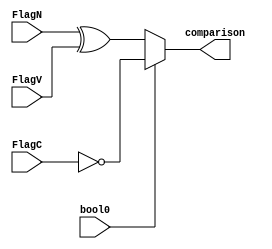
`timescale 1ns / 1ps
//////////////////////////////////////////////////////////////////////////////////
// Company: 
// Engineer: 
// 
// Design Name: 
// Module Name:    comp 
// Project Name: 
// Target Devices: 
// Tool versions: 
// Description: 
//
// Dependencies: 
//
// Revision: 
// Revision 0.01 - File Created
// Additional Comments: 
//
//////////////////////////////////////////////////////////////////////////////////
module comparator(
    input FlagN,
    input FlagC,
    input FlagV,
    input bool0,
    output comparison
    );

assign comparison = bool0 ? ~FlagC : (FlagN ^ FlagV);

endmodule